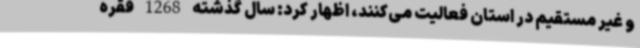
و غیر مستقیم در استان فعالیت می‌کنند، اظهار کرد: سال گذشته 1268 فقره